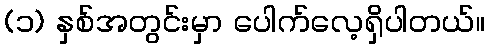
(၁) နှစ်အတွင်းမှာ ပေါက်လေ့ရှိပါတယ်။